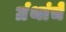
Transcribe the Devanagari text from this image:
ग्रंंथांचे